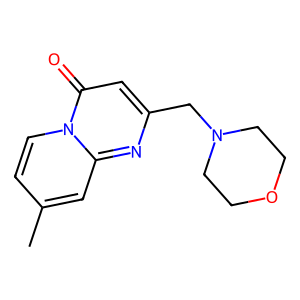
SMILES: Cc1ccn2c(=O)cc(CN3CCOCC3)nc2c1
Inhibits HIV replication: No